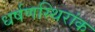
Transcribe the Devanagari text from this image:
धर्षणस्थिरांक